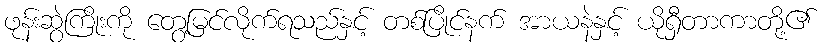
ဖုန်းဆွဲကြိုးကို တွေ့မြင်လိုက်ရသည်နှင့် တစ်ပြိုင်နက် အာယနဲနှင့် ယိုရှီတာကာတို့၏